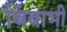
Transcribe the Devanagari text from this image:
बिंबाभी